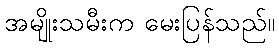
အမျိုးသမီးက မေးပြန်သည်။